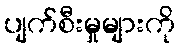
ပျက်စီးမှုများကို